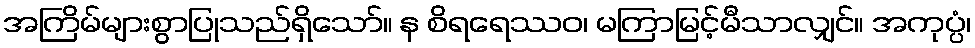
အကြိမ်များစွာပြုသည်ရှိသော်။ န စိရရေဿဝ၊ မကြာမြင့်မီသာလျှင်။ အကုပ္ပံ၊